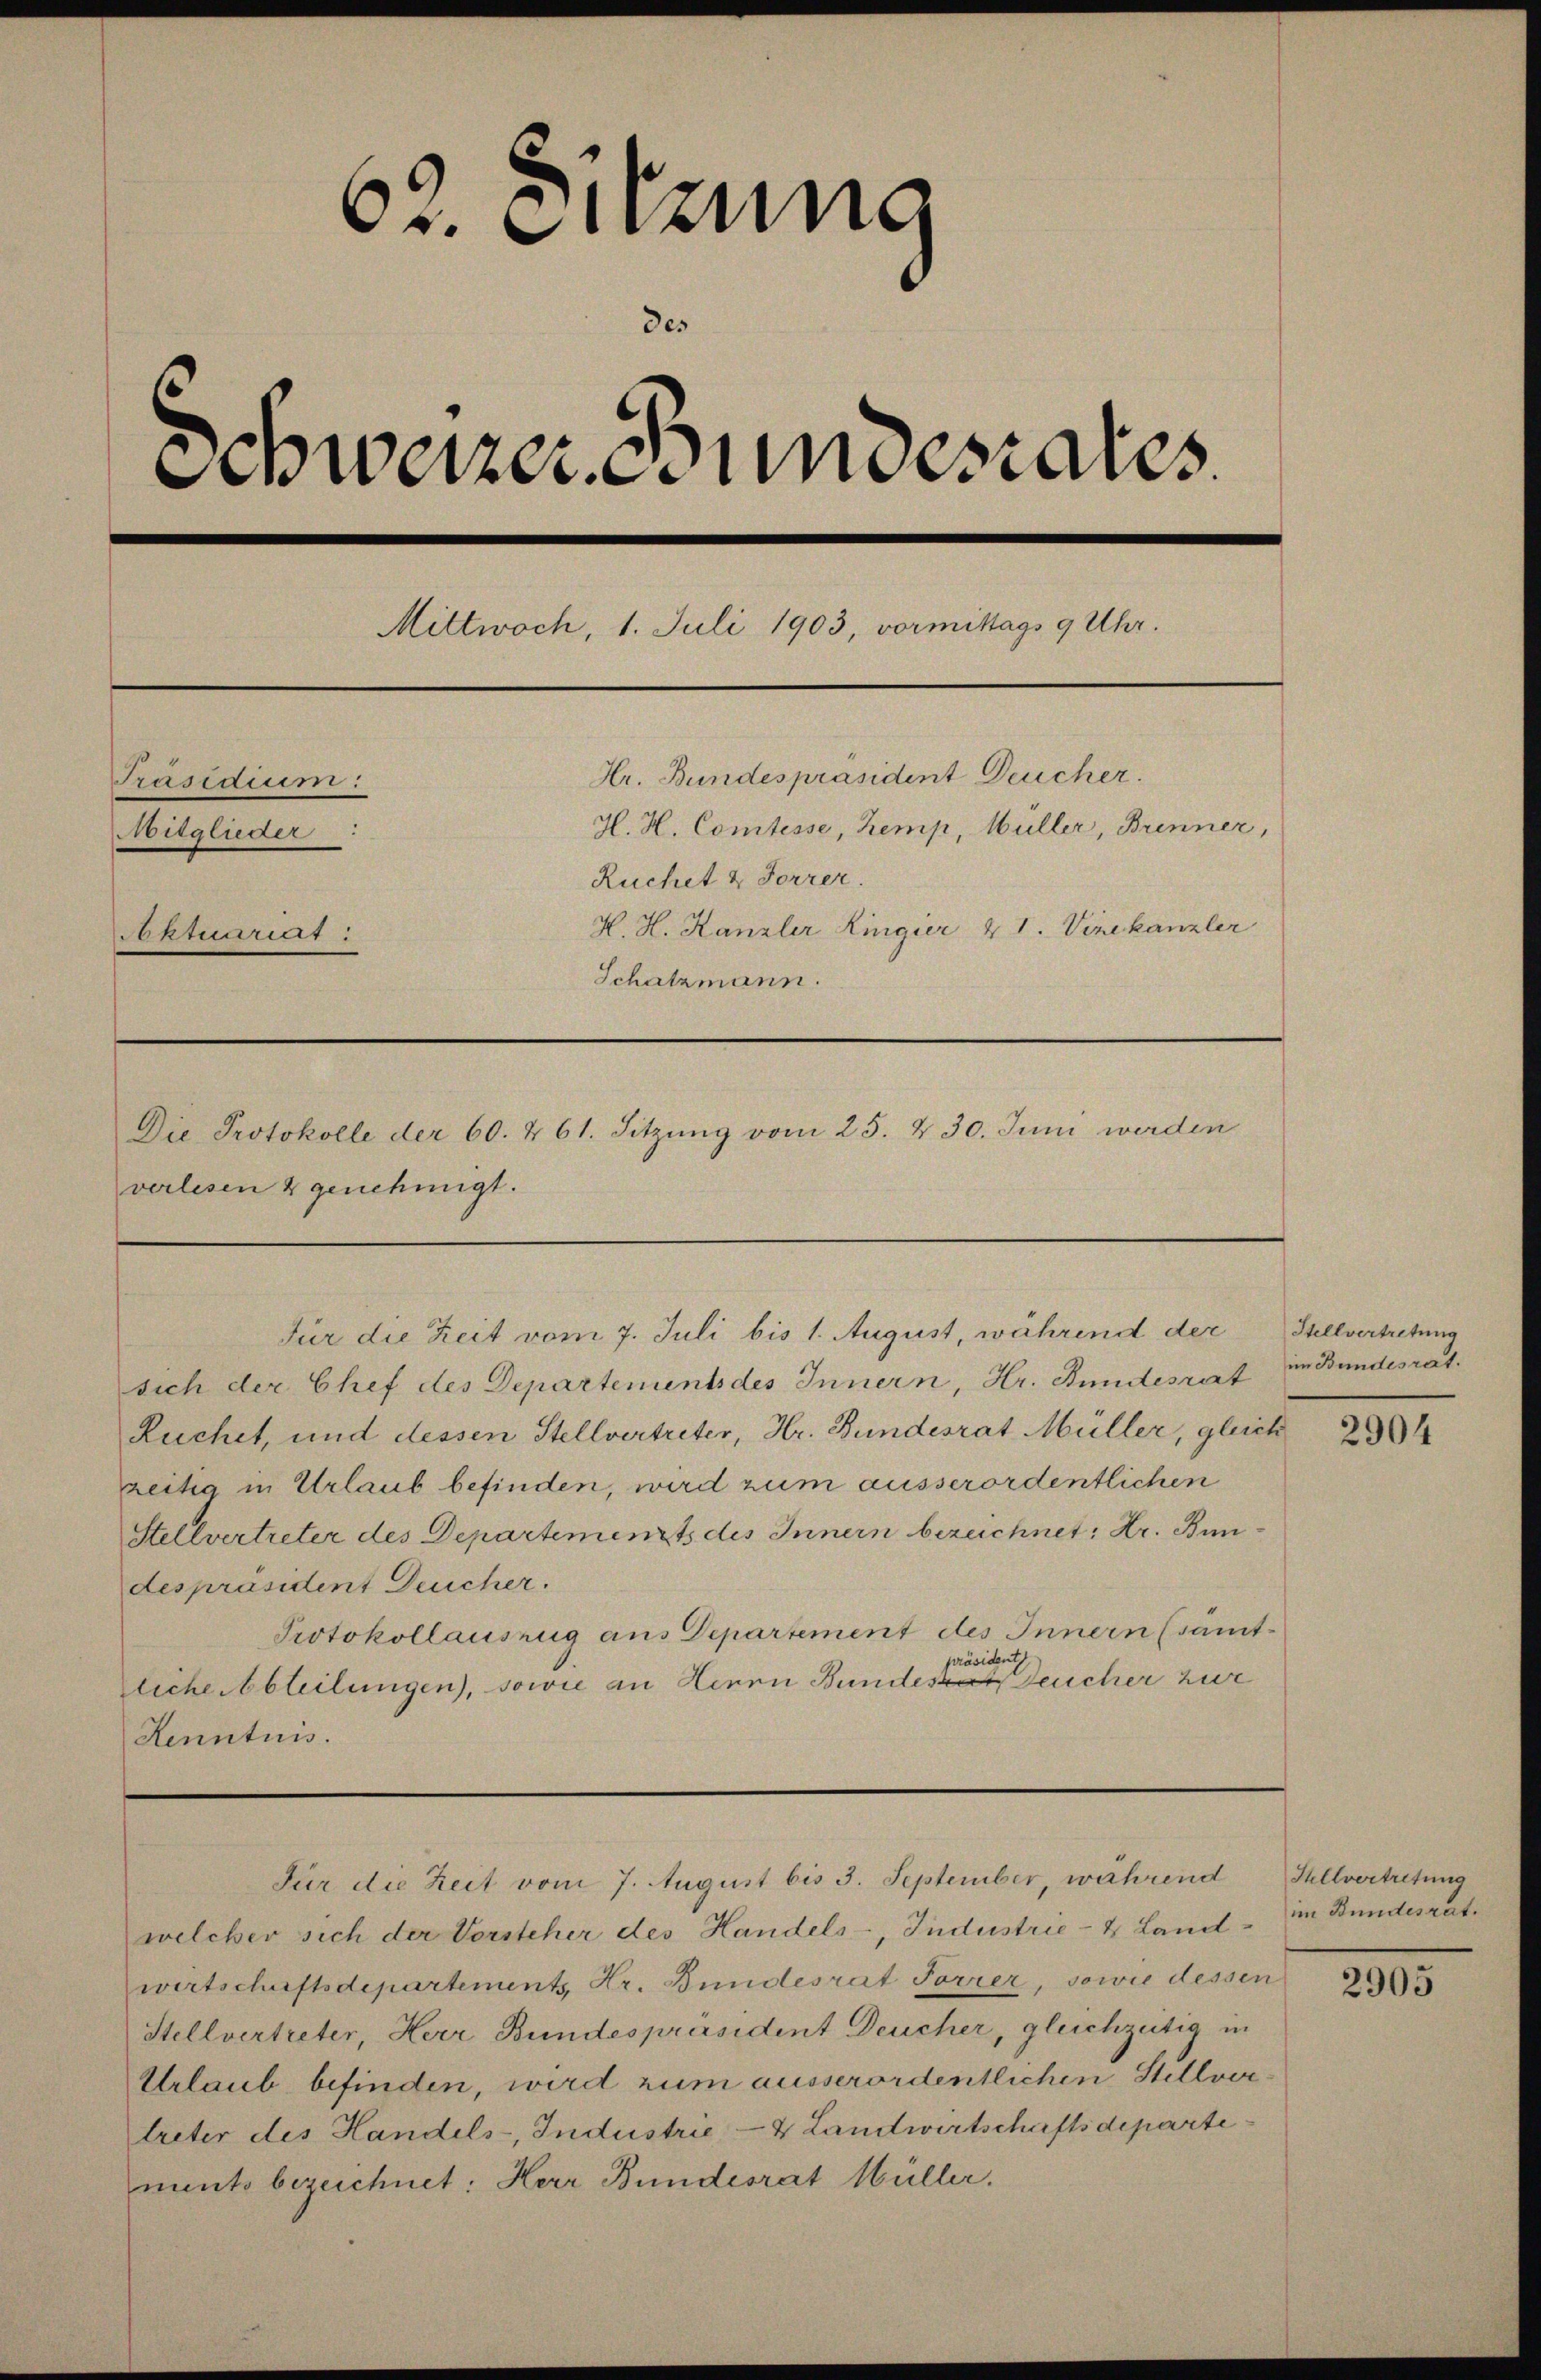
r. Suzung
des
Schweizeringestaus
Mittwoch, 1. Juli 1903, vormittags 9 Uhr.
Hr. Bundespräsident Deucher.
Präsidium:
H. H. Comtesse, Kemp, Müller, Brenner,
Kunsten
Ruchet & Forrer.
K. H. Kanzler Ringier & 1. Vizekanzler
Aktuuriert:
Schatzmann.
Die Protokolle der 60. & 61. Sitzung vom 25. 430. Juni werden

verlesen & genehmigt.

Für die Zeit vom 7. Juli bis 1. August, während der
sich der Chef des Departements des Innern, Hr. Bundesrat
Ruchet, und dessen Stellvertreter, Hr. Bundesrat Müller, gleich
zeitig in Urlaub befinden, wird zum ausserordentlichen
Stellvertreter des Departements des Innern bezeichnet: Dr. Bundespräsident Deucher.
Protokollauszug aus Departement des Innern (sämtpräsident,
rliche Abteilungen, sowie an Herrn Bundes Deucher zur
Kenntnis.

Für die Zeit vom 7. August bis 3. September, während

welcher sich der Vorsteher des Handels-, Jndustrie- & Landwirtschaftsdepartement Hr. Bundesrat Forrer, sowie dessen
Stellvertreter, Herr Bundespräsident Deucher, gleichzeitig in
Urlaub befinden, wird zum ausserordentlichen Stellver
treter des Handels-, Industrie- & Landwirtschaftsdeparte
ments bezeichnet: Herr Bundesrat Müller.

Stellvertretung
im Bundesrat.

2904

Hellvertretung
im Bundesrat.

2905